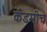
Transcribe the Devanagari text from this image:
कॅडमीचे